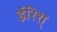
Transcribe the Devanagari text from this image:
ईरिश्